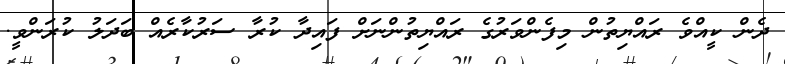
ދެން ކީއްވެ ރައްޔިތުން މިފެންވަރުގެ ރައްޔިތުންނަށް ފައިދާ ކުރާ ސަރުކާރެއް ބަދަލު ކުރަންވީ.